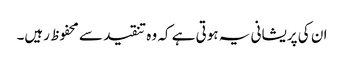
ان کی پریشانی یہ ہوتی ہے کہ وہ تنقید سے محفوظ رہیں۔